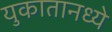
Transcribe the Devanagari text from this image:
युकातानध्ये